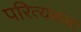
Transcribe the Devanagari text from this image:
परित्यक्तता